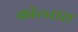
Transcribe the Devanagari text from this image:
कोल्‍सरा